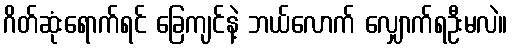
ဂိတ်ဆုံးရောက်ရင် ခြေကျင်နဲ့ ဘယ်လောက် လျှောက်ရဦးမလဲ။